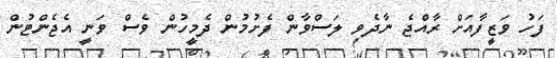
ފަހު ވަޒީފާއަށް ރާއްޖެ ނާދެވި ލަސްވާން ފެށުމުން ދެމީހުން ވެސް ވަނީ އެޖެންޓުން